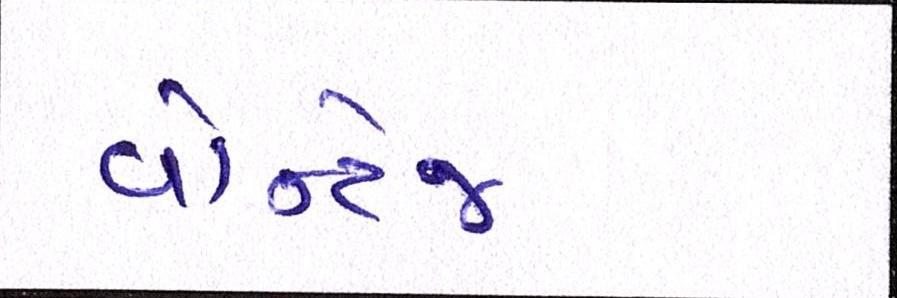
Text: વાન્ટેજ